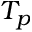
T _ { p }